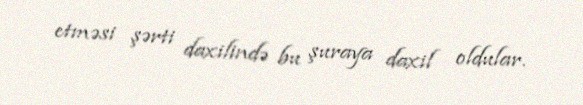
etməsi şərti daxilində bu şuraya daxil oldular.